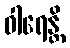
ဝါရေန္တိ